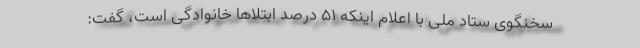
سخنگوی ستاد ملی با اعلام اینکه ۵۱ درصد ابتلاها خانوادگی است، گفت: